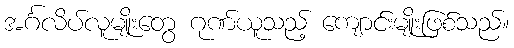
အင်္ဂလိပ်လူမျိုးတွေ ဂုဏ်ယူသည့် ကျောင်းမျိုးဖြစ်သည်။